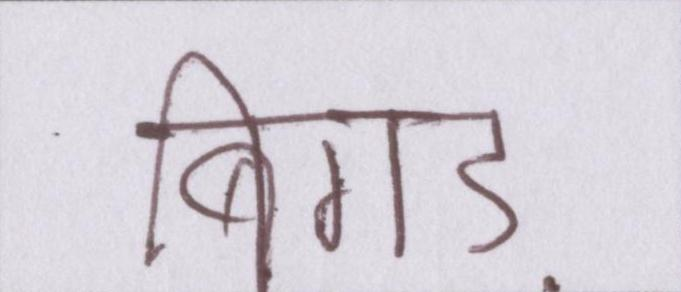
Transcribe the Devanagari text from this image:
बिगड़